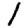
Digit: 1